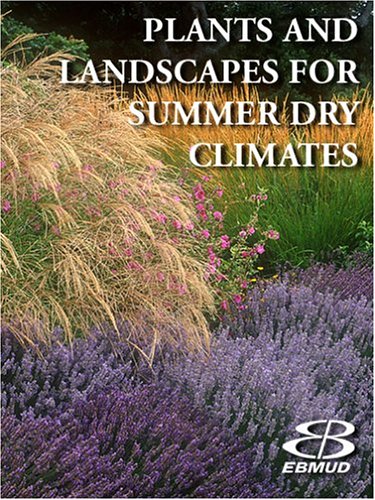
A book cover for Plants and Landscapes for Summer-Dry Climates of the San Francisco Bay Region; Crafts, Hobbies & Home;